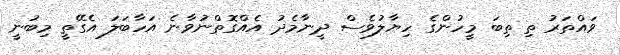
ވައްތަރު ތި ތިބަ މީހުންގެ ހިޔާލުވެސް ދީނާމެދު އެއްގޮތްނުވާނެ އަހާބަލަ އެގޭތީ މިބުނީ